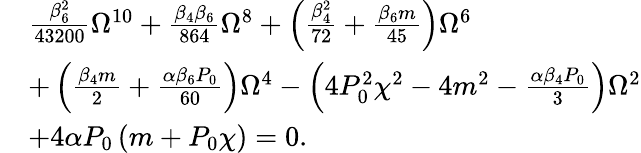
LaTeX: \begin{array}{rl}&{\frac{\beta_{6}^{2}}{43200}\Omega^{10}+\frac{\beta_{4}\beta_{6}}{864}\Omega^{8}+\left(\frac{\beta_{4}^{2}}{72}+\frac{\beta_{6}m}{45}\right)\Omega^{6}}\\ &{+\left(\frac{\beta_{4}m}{2}+\frac{\alpha\beta_{6}P_{0}}{60}\right)\Omega^{4}-\left(4P_{0}^{2}\chi^{2}-4m^{2}-\frac{\alpha\beta_{4}P_{0}}{3}\right)\Omega^{2}}\\ &{+4\alpha P_{0}\left(m+P_{0}\chi\right)=0.}\end{array}